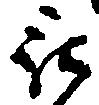
被